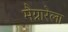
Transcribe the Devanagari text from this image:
मैग्नारेला